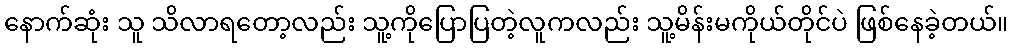
နောက်ဆုံး သူ သိလာရတော့လည်း သူ့ကိုပြောပြတဲ့လူကလည်း သူ့မိန်းမကိုယ်တိုင်ပဲ ဖြစ်နေခဲ့တယ်။